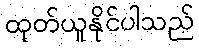
ထုတ်ယူနိုင်ပါသည်